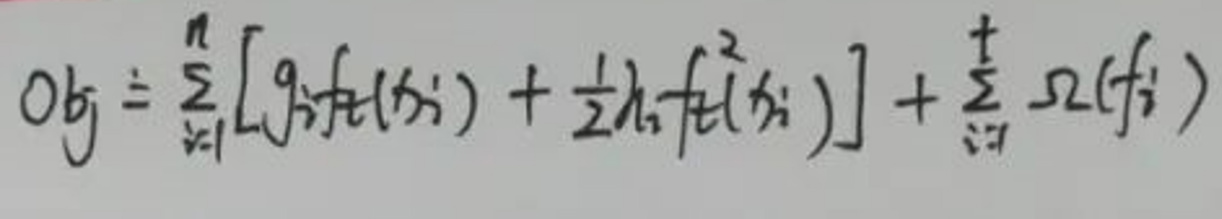
\[Obj = \sum_{i = 1}^{n}\left[g_i f_t(x_i)+\frac{1}{2}h_i f_t^2(x_i)\right]+\sum_{i = 1}^{t}\Omega(f_i)\]